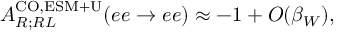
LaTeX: A _ { R ; R L } ^ { \mathrm { C O , E S M + U } } ( e e \to e e ) \approx - 1 + O ( \beta _ { W } ) ,